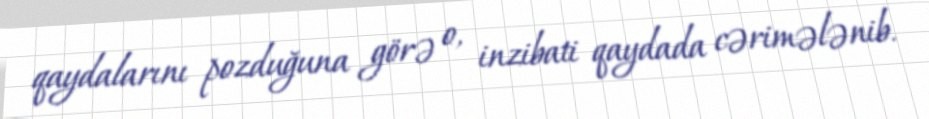
qaydalarını pozduğuna görə o, inzibati qaydada cərimələnib.